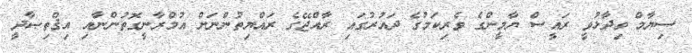
ސިޔާމް ވިދާޅުވީ ރައީސް ޔާމީންގެ ވެރިކަމުގެ ދައުރުގައި ރާއްޖޭގެ ރައްޔިތުންނަށް އުމްރާނީގޮތުންނާއި އިޤްތިޞާދީ